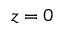
z = 0